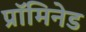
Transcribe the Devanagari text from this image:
प्रॉमिनेड